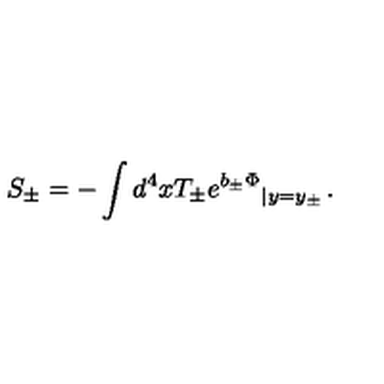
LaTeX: S _ { \pm } = - \int d ^ { 4 } x T _ { \pm } { e ^ { b _ { \pm } \Phi } } _ { \left| y = y _ { \pm } \right. } .